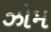
ઝોમ